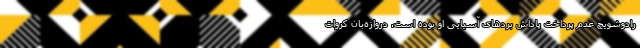
رادوشویچ عدم پرداخت پاداش بردهای آسیایی او بوده است. دروازه‌بان کروات